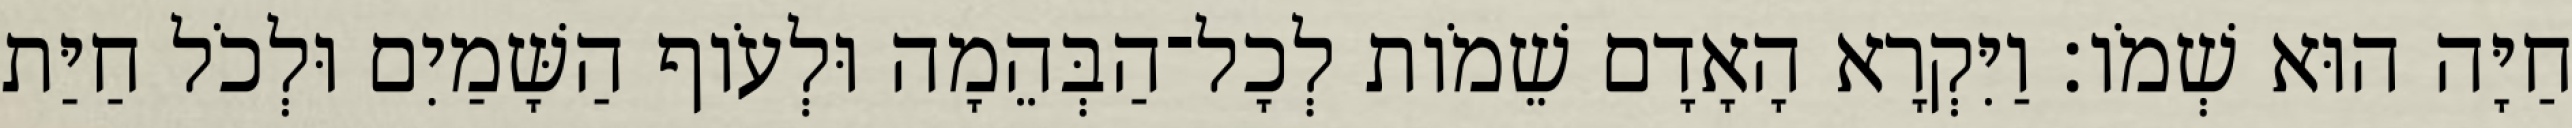
חַיָּה הוּא שְׁמֹו׃ וַיִּקְרָא הָאָדָם שֵׁמֹות לְכָל־הַבְּהֵמָה וּלְעֹוף הַשָּׁמַיִם וּלְכֹל חַיַּת